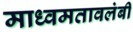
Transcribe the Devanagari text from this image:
माध्वमतावलंबी